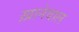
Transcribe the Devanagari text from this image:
ख़ानेवाल